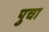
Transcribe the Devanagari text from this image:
पुचा